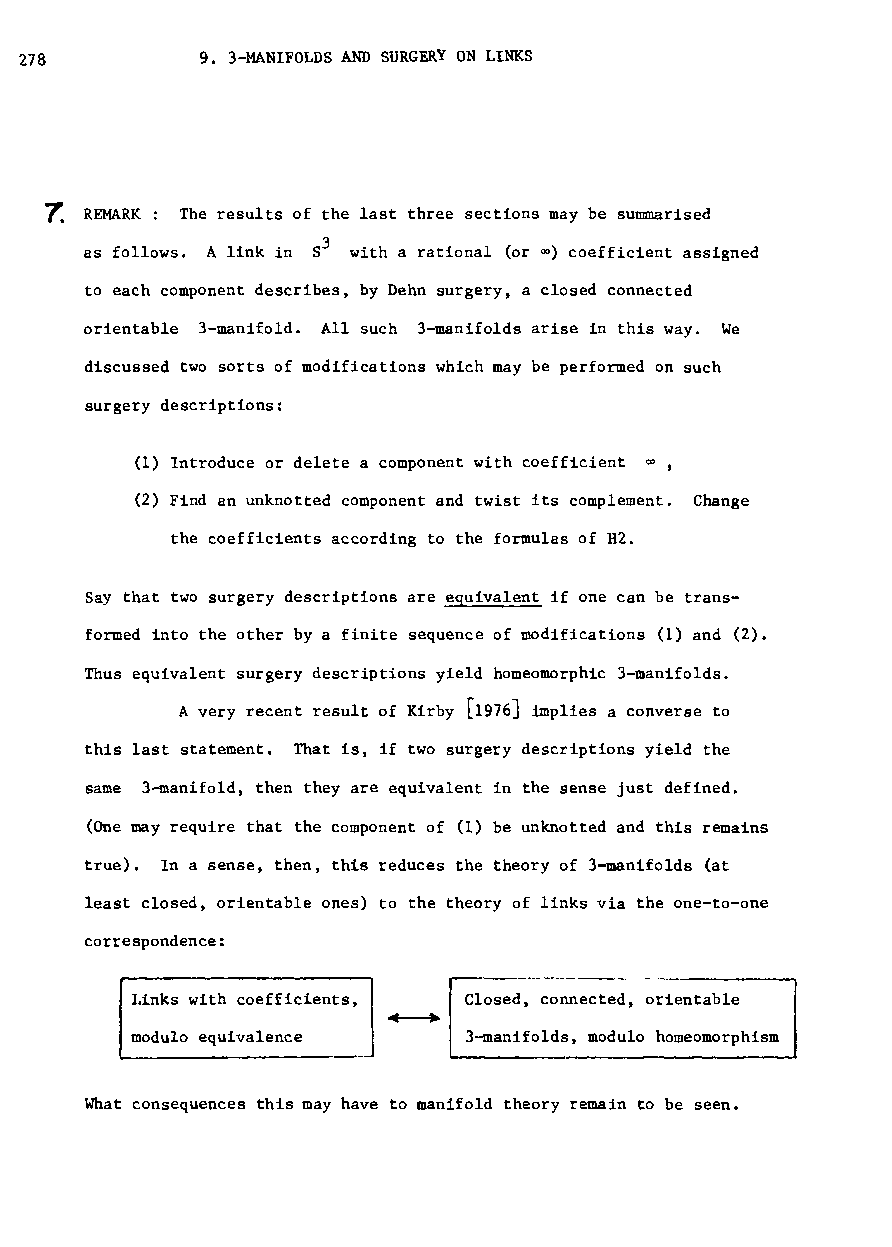
278         9. 3-MANIFOLDS AND SURGERY ON LINKS
 ~  REMARK: The results of the last three sections may be summarised
 as follows. A link in S3 with a rational (or 00) coefficient assigned
 to each component describes, by Dehn surgery, a closed connected
 orientable 3-manifold. All such 3-manifolds arise in this way. We
 discussed two sorts of modifications which may be performed on such
 surgery descriptions:
 (1) Introduce or delete a component with coefficient 00,
 (2) Find an unknotted component and twist its complement. Change
 the coefficients according to the formulas of H2.
 Say that two surgery descriptions are equivalent if one can be trans
 formed into the other by a finite sequence of modifications (1) and (2).
 Thus equivalent surgery descriptions yield homeomorphic 3-manifolds.
 A very recent result of Kirby [1976J implies a converse to
 this last statement. That is, if two surgery descriptions yield the
 same 3-manifold, then they are equivalent in the sense just defined.
 (One may require that the component of (1) be unknotted and this remains
 true). In a sense, then, this reduces the theory of 3-manifolds (at
 least closed, orientable ones) to the theory of links via the one-to-one
 correspondence:
 I.inks with coefficients, Closed, connected, orientable
 modulo equivalence    3-manifolds, modulo homeomorphism
 What consequences this may have to manifold theory remain to be seen.